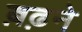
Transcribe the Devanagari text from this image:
ब़ढ़ने